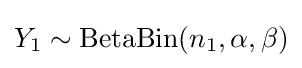
Y_{1}\sim {\text{BetaBin}}(n_{1},\alpha ,\beta )